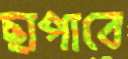
ছাপাবে